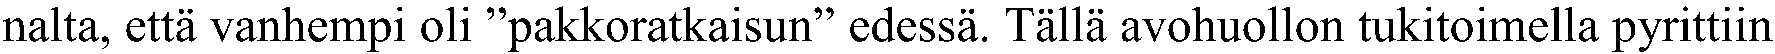
nalta, että vanhempi oli ”pakkoratkaisun” edessä. Tällä avohuollon tukitoimella pyrittiin